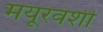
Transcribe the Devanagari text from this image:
मयूरवंशी